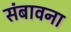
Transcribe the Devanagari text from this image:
संबावना